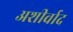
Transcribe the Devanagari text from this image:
अशीर्वाद